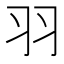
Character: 羽